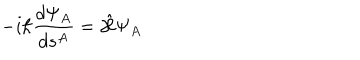
LaTeX: - i \hbar \frac { d \Psi _ { A } } { d s ^ { A } } = \hat { \cal H } \Psi _ { A }